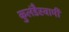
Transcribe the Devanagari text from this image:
कुलंडैस्वामी